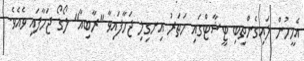
އެމީހުން ލައިގެންތިބި ޓީޝާޓްގައި ހަތަރު އިނގިލި ޖަހާފައިވާ "ރާބިއާ" ލޯގޯ ޖަހާފައި ވެއެވެ.